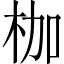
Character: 枷